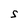
Character: S